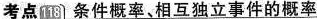
考点118 条件概率、相互独立事件的概率